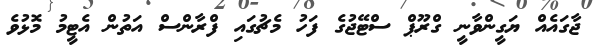
ޖާގައެއް ޔަގީންވާނީ ގްރޫޕް ސްޓޭޖުގެ ފަހު މެޗުގައި ފްރާންސް އަތުން އެޓީމު މޮޅުވެ